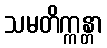
သမတိက္ကန္တာ